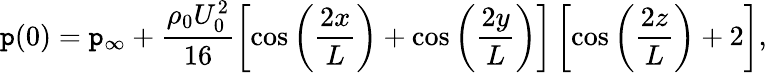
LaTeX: \mathtt{p}(0)=\mathtt{p}_{\infty}+\frac{{\rho_{0}U_{0}^{2}}}{{16}}\left[\cos\left(\frac{{2x}}{{L}}\right)+\cos\left(\frac{{2y}}{{L}}\right)\right]\left[\cos\left(\frac{{2z}}{{L}}\right)+2\right],